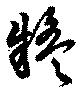
疑